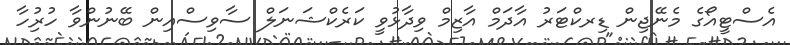
އެސްޓީއޯގެ މެނޭޖިން ޑިރކްޓަރު އާދަމް އާޒިމް ވިދާޅުވީ ކަރެކްޝަނަލް ސާވިސްއިން ބޭނުންވާ ހުރުިހާ